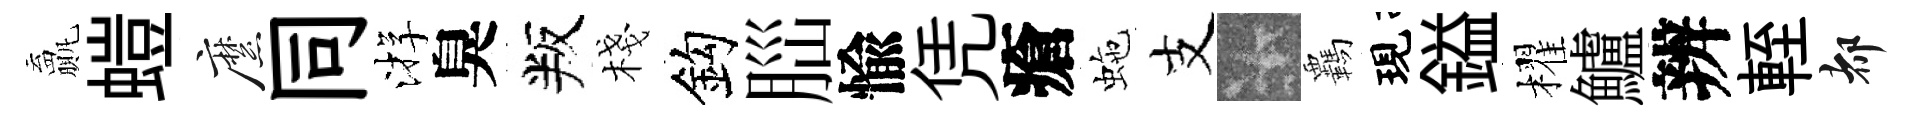
贏螘縻同㳺臭叛棧鈎𦛁愉凭瘡虵支卡覊現鎰櫂鱸辨輊都